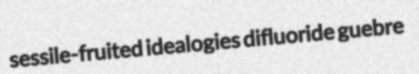
sessile-fruited idealogies difluoride guebre